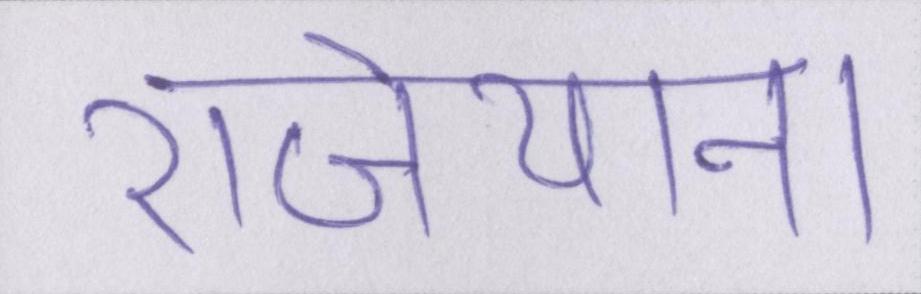
राजेयाना